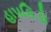
હાપકિડો